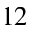
^ { 1 2 }